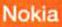
Nokia